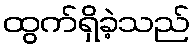
ထွက်ရှိခဲ့သည်